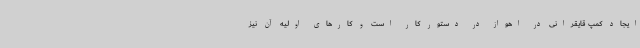
ایجاد کمپ قایقرانی در اهواز در دستور کار است و کارهای اولیه آن نیز